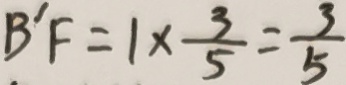
B ^ { \prime } F = 1 \times \frac { 3 } { 5 } = \frac { 3 } { 5 }